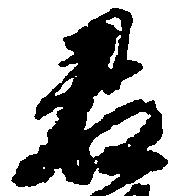
君